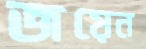
জয়েন